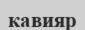
кавияр